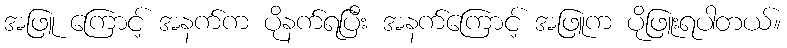
အဖြူ ကြောင့် အနက်က ပိုနက်ရပြီး အနက်ကြောင့် အဖြူက ပိုဖြူးရပါတယ်။